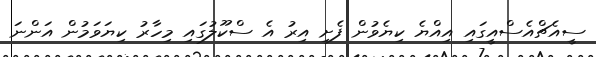
ސީއެޗްއެސްއީގައި އިއްޔެ ކިޔެވުން ފެށި އިރު އެ ސްކޫލުގައި މިހާރު ކިޔަވަމުން އަންނަ